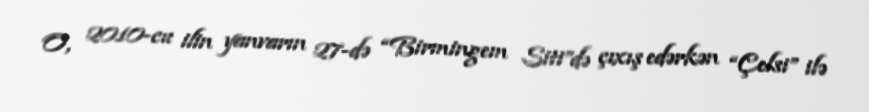
O, 2010-cu ilin yanvarın 27-də “Birmingem Siti”də çıxış edərkən “Çelsi” ilə